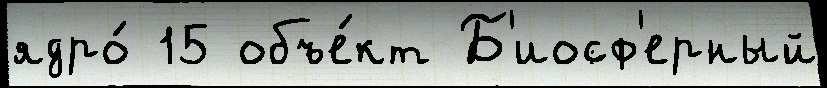
ядро́ 15 объе́кт Б'иосф'ерный